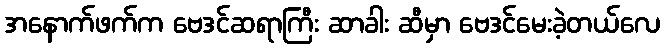
အနောက်ဖက်က ဗေဒင်ဆရာကြီး ဆာခါး ဆီမှာ ဗေဒင်မေးခဲ့တယ်လေ